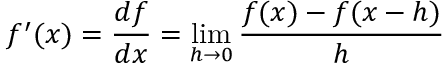
f ^ { \prime } ( x ) = { \frac { d f } { d x } } = \operatorname* { l i m } _ { h \rightarrow 0 } { \frac { f ( x ) - f ( x - h ) } { h } }